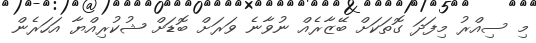
މި ސިއްރު މިފަދަ ގޮތަކަށް ބޭޒާރެއް ނުވާނެ ވަރަށް ބޮޑަށް ޝުކުރިއްޔާ އަހަރެން